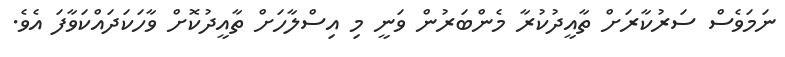
ނަމަވެސް ސަރުކާރަށް ތާއީދުކުރާ މެންބަރުން ވަނީ މި އިސްލާހަށް ތާއީދުކޮށް ވާހަކަދައްކަވާފަ އެވެ.